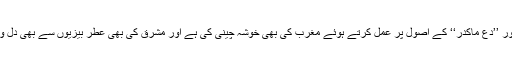
انہوں نے ’’خذ ماصفا‘‘ اور ’’دع ماکدر‘‘ کے اصول پر عمل کرتے ہوئے مغرب کی بھی خوشہ چینی کی ہے اور مشرق کی بھی عطر بیزیوں سے بھی دل و دماغ کو معطر کیا ہے۔